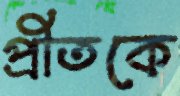
প্রীতকে